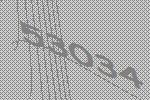
53034